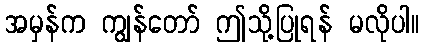
အမှန်က ကျွန်တော် ဤသို့ပြုရန် မလိုပါ။